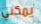
يمكني